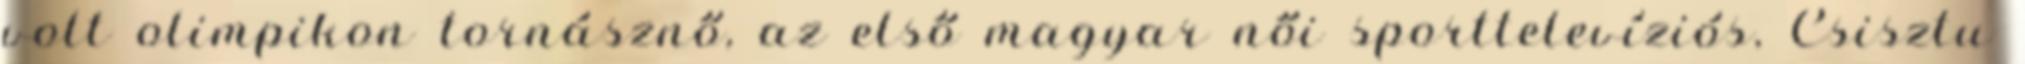
volt olimpikon tornásznő, az első magyar női sporttelevíziós, Csisztu